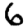
Digit: 6